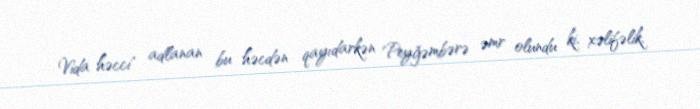
Vida həcci" adlanan bu həcdən qayıdarkən Peyğəmbərə əmr olundu ki, xəlifəlik,